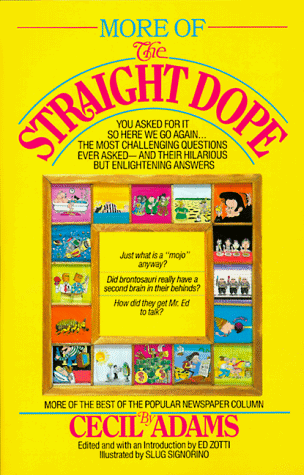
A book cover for More of the Straight Dope; Cecil Adams; Reference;